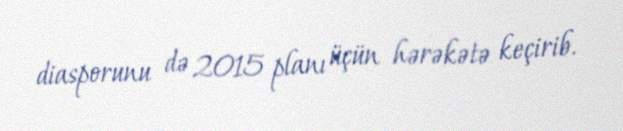
diasporunu də 2015 planı üçün hərəkətə keçirib.